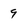
Character: 9